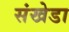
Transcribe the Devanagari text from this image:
संखेडा